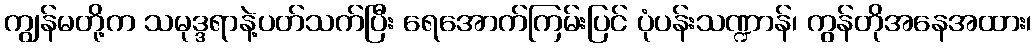
ကျွန်မတို့က သမုဒ္ဒရာနဲ့ပတ်သက်ပြီး ရေအောက်ကြမ်းပြင် ပုံပန်းသဏ္ဍာန်၊ ကွန်တိုအနေအထား၊